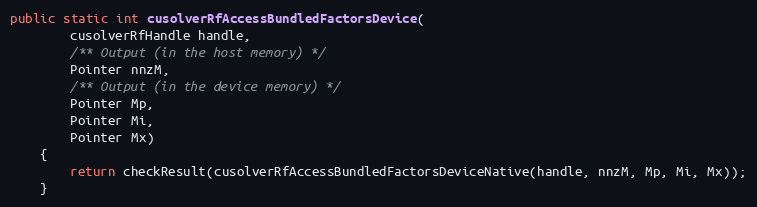
Language: Java
public static int cusolverRfAccessBundledFactorsDevice(
        cusolverRfHandle handle,
        /** Output (in the host memory) */
        Pointer nnzM,
        /** Output (in the device memory) */
        Pointer Mp,
        Pointer Mi,
        Pointer Mx)
    {
        return checkResult(cusolverRfAccessBundledFactorsDeviceNative(handle, nnzM, Mp, Mi, Mx));
    }